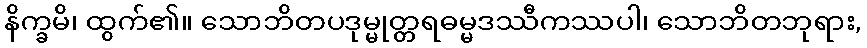
နိက္ခမိ၊ ထွက်၏။ သောဘိတပဒုမ္မုတ္တရဓမ္မဒဿီကဿပါ၊ သောဘိတဘုရား,